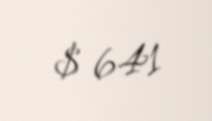
$ 641